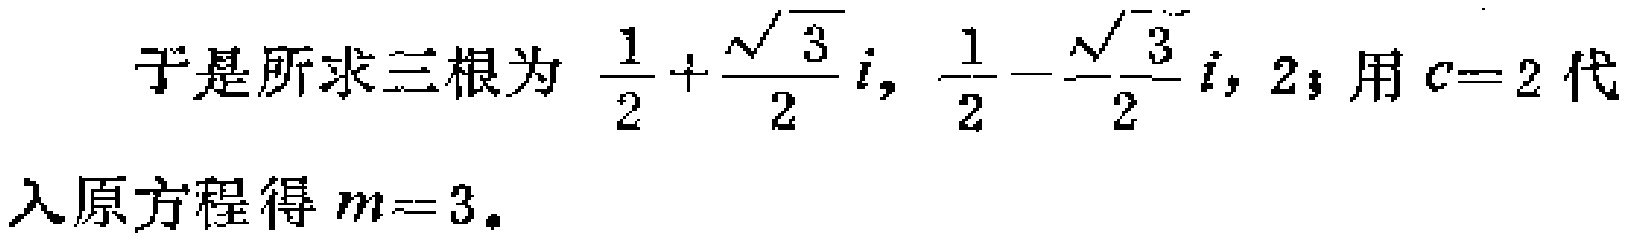
于是所求三根为 $\frac{1}{2}+\frac{\sqrt{3}}{2} i, \frac{1}{2}-\frac{\sqrt{3}}{2} i, 2$；用 $c = 2$ 代入原方程得 $m = 3$。